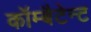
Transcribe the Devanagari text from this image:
कॉम्बैटेन्ट